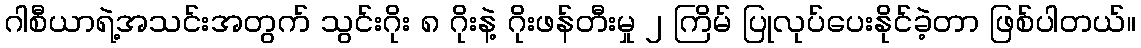
ဂါစီယာရဲ့အသင်းအတွက် သွင်းဂိုး ၈ ဂိုးနဲ့ ဂိုးဖန်တီးမှု ၂ ကြိမ် ပြုလုပ်ပေးနိုင်ခဲ့တာ ဖြစ်ပါတယ်။